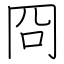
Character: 冏